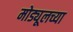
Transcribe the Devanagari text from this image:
मोड्यूलच्या